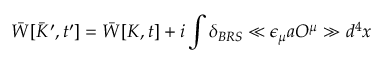
\bar { W } [ \bar { K } ^ { \prime } , t ^ { \prime } ] = \bar { W } [ K , t ] + i \int \delta _ { B R S } \ll \epsilon _ { \mu } a O ^ { \mu } \gg d ^ { 4 } x